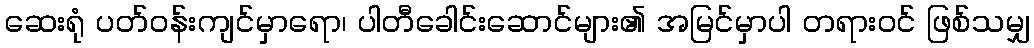
ဆေးရုံ ပတ်ဝန်းကျင်မှာရော၊ ပါတီခေါင်းဆောင်များ၏ အမြင်မှာပါ တရားဝင် ဖြစ်သမျှ